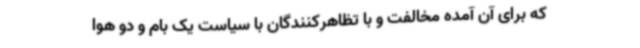
که برای آن آمده مخالفت و با تظاهرکنندگان با سیاست یک بام و دو هوا